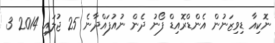
ނޮކިއާ ޑިވިޒަނުން އެންޑްރޮއިޑް ފޯނު ދެން ނުއުފައްދާނެ 25 ޖުލައި 2014 3